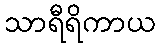
သာရီရိကာယ